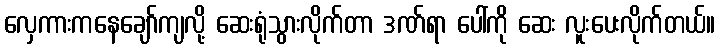
လှေကားကနေချော်ကျလို့ ဆေးရုံသွားလိုက်တာ ဒဏ်ရာ ပေါ်ကို ဆေး လူးပေးလိုက်တယ်။